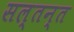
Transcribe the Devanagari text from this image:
सल्तन्त